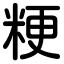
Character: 粳